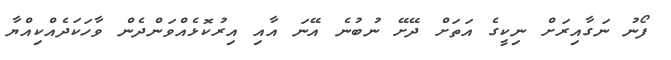
ފޯނު ނަގާއިރަށް ނިކީގެ އަތަށް ދޭށޭ ނުބުނެ އޭނަ އާއި އިރުކޮޅެއްވަންދެން ވާހަކަދެއްކިއްޔާ